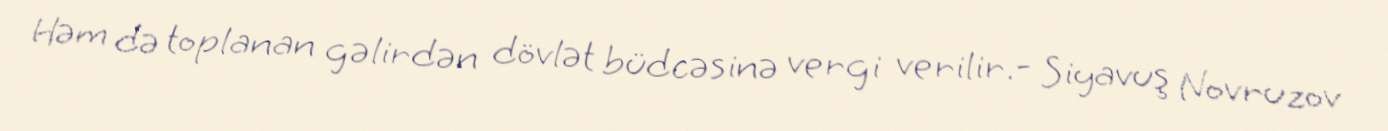
Həm də toplanan gəlirdən dövlət büdcəsinə vergi verilir.- Siyavuş Novruzov